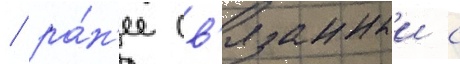
/ ра́н'ее св'язанныи с